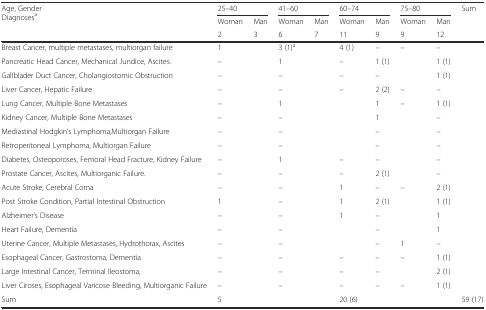
<table><thead><tr><td rowspan="3"><b>Age, GenderDiagnoses<sup>a</sup></b></td><td colspan="2"><b>25–40</b></td><td colspan="2"><b>41–60</b></td><td colspan="2"><b>60–74</b></td><td colspan="2"><b>75–80</b></td><td rowspan="3"><b>Sum</b></td></tr><tr><td><b>Woman</b></td><td><b>Man</b></td><td><b>Woman</b></td><td><b>Man</b></td><td><b>Woman</b></td><td><b>Man</b></td><td><b>Woman</b></td><td><b>Man</b></td></tr><tr><td><b>2</b></td><td><b>3</b></td><td><b>6</b></td><td><b>7</b></td><td><b>11</b></td><td><b>9</b></td><td><b>9</b></td><td><b>12</b></td></tr></thead><tbody><tr><td>Breast Cancer, multiple metastases, multiorgan failure</td><td>1</td><td>[EMPTY_CELL]</td><td>3 (1)<sup>a</sup></td><td>[EMPTY_CELL]</td><td>4 (1)</td><td>–</td><td>–</td><td>–</td><td>[EMPTY_CELL]</td></tr><tr><td>Pancreatic Head Cancer, Mechanical Jundice, Ascites.</td><td>–</td><td>[EMPTY_CELL]</td><td>1</td><td>[EMPTY_CELL]</td><td>–</td><td>1 (1)</td><td>[EMPTY_CELL]</td><td>1 (1)</td><td>[EMPTY_CELL]</td></tr><tr><td>Gallblader Duct Cancer, Cholangiostomic Obstruction</td><td>–</td><td>[EMPTY_CELL]</td><td>–</td><td>[EMPTY_CELL]</td><td>–</td><td>–</td><td>[EMPTY_CELL]</td><td>1 (1)</td><td>[EMPTY_CELL]</td></tr><tr><td>Liver Cancer, Hepatic Failure</td><td>–</td><td>[EMPTY_CELL]</td><td>–</td><td>[EMPTY_CELL]</td><td>–</td><td>2 (2)</td><td>–</td><td>–</td><td>[EMPTY_CELL]</td></tr><tr><td>Lung Cancer, Multiple Bone Metastases</td><td>–</td><td>[EMPTY_CELL]</td><td>1</td><td>[EMPTY_CELL]</td><td>[EMPTY_CELL]</td><td>1</td><td>–</td><td>1 (1)</td><td>[EMPTY_CELL]</td></tr><tr><td>Kidney Cancer, Multiple Bone Metastases</td><td>–</td><td>[EMPTY_CELL]</td><td>–</td><td>[EMPTY_CELL]</td><td>[EMPTY_CELL]</td><td>1</td><td>[EMPTY_CELL]</td><td>–</td><td>[EMPTY_CELL]</td></tr><tr><td>Mediastinal Hodgkin’s Lymphoma,Multiorgan Failure</td><td>–</td><td>[EMPTY_CELL]</td><td>–</td><td>[EMPTY_CELL]</td><td>[EMPTY_CELL]</td><td>–</td><td>[EMPTY_CELL]</td><td>–</td><td>[EMPTY_CELL]</td></tr><tr><td>Retroperitoneal Lymphoma, Multiorgan Failure</td><td>–</td><td>[EMPTY_CELL]</td><td>–</td><td>[EMPTY_CELL]</td><td>[EMPTY_CELL]</td><td>–</td><td>[EMPTY_CELL]</td><td>–</td><td>[EMPTY_CELL]</td></tr><tr><td>Diabetes, Osteoporoses, Femoral Head Fracture, Kidney Failure</td><td>–</td><td>[EMPTY_CELL]</td><td>1</td><td>[EMPTY_CELL]</td><td>–</td><td>–</td><td>[EMPTY_CELL]</td><td>–</td><td>[EMPTY_CELL]</td></tr><tr><td>Prostate Cancer, Ascites, Multiorganic Failure.</td><td>–</td><td>[EMPTY_CELL]</td><td>–</td><td>[EMPTY_CELL]</td><td>–</td><td>2 (1)</td><td>[EMPTY_CELL]</td><td>–</td><td>[EMPTY_CELL]</td></tr><tr><td>Acute Stroke, Cerebral Coma</td><td>–</td><td>[EMPTY_CELL]</td><td>–</td><td>[EMPTY_CELL]</td><td>1</td><td>–</td><td>–</td><td>2 (1)</td><td>[EMPTY_CELL]</td></tr><tr><td>Post Stroke Condition, Partial Intestinal Obstruction</td><td>1</td><td>[EMPTY_CELL]</td><td>–</td><td>[EMPTY_CELL]</td><td>1</td><td>2 (1)</td><td>[EMPTY_CELL]</td><td>1 (1)</td><td>[EMPTY_CELL]</td></tr><tr><td>Alzheimer’s Disease</td><td>–</td><td>[EMPTY_CELL]</td><td>–</td><td>[EMPTY_CELL]</td><td>1</td><td>–</td><td>[EMPTY_CELL]</td><td>1</td><td>[EMPTY_CELL]</td></tr><tr><td>Heart Failure, Dementia</td><td>–</td><td>[EMPTY_CELL]</td><td>–</td><td>[EMPTY_CELL]</td><td>[EMPTY_CELL]</td><td>–</td><td>[EMPTY_CELL]</td><td>1</td><td>[EMPTY_CELL]</td></tr><tr><td>Uterine Cancer, Multiple Metastases, Hydrothorax, Ascites</td><td>–</td><td>[EMPTY_CELL]</td><td>–</td><td>[EMPTY_CELL]</td><td>[EMPTY_CELL]</td><td>–</td><td>1</td><td>–</td><td>[EMPTY_CELL]</td></tr><tr><td>Esophageal Cancer, Gastrostoma, Dementia</td><td>–</td><td>[EMPTY_CELL]</td><td>–</td><td>[EMPTY_CELL]</td><td>–</td><td>–</td><td>–</td><td>1 (1)</td><td>[EMPTY_CELL]</td></tr><tr><td>Large Intestinal Cancer, Terminal Ileostoma,</td><td>–</td><td>[EMPTY_CELL]</td><td>–</td><td>[EMPTY_CELL]</td><td>–</td><td>–</td><td>[EMPTY_CELL]</td><td>2 (1)</td><td>[EMPTY_CELL]</td></tr><tr><td>Liver Ciroses, Esophageal Varicose Bleeding, Multiorganic Failure</td><td>–</td><td>[EMPTY_CELL]</td><td>–</td><td>[EMPTY_CELL]</td><td>–</td><td>–</td><td>–</td><td>1 (1)</td><td>[EMPTY_CELL]</td></tr><tr><td>Sum</td><td colspan="2">5</td><td colspan="2">[EMPTY_CELL]</td><td colspan="2">20 (6)</td><td colspan="2">[EMPTY_CELL]</td><td>59 (17)</td></tr></tbody></table>